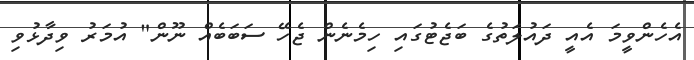
އެހެންވީމަ އެއީ ދައުލަތުގެ ބަޖެޓުގައި ހިމެނެން ޖެހޭ ސަބަބެއް ނޫން" އުމަރު ވިދާޅުވި